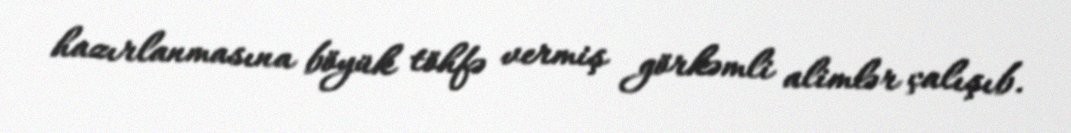
hazırlanmasına böyük töhfə vermiş görkəmli alimlər çalışıb.